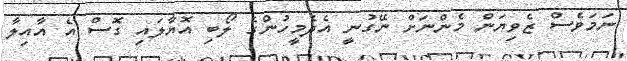
ނަމަވެސް ޒެވިޔަން މެންނަށް ނޭގުނީ އެދެމީހުންގެ ލޯބި އޮޔާލައި ގޮސް އެ އާއިލާ